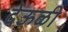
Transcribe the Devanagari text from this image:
देऊळी